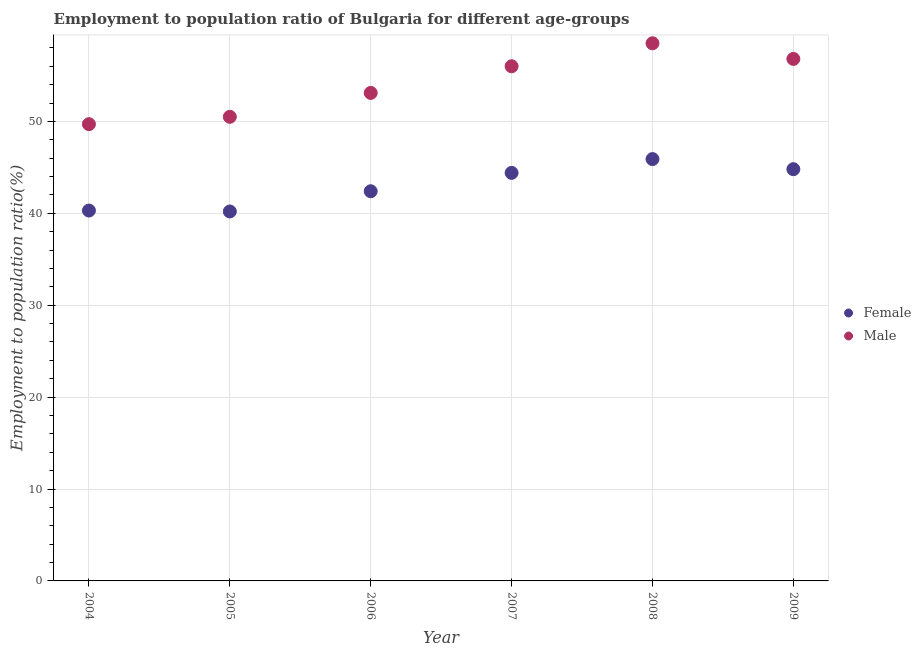
| Year | Female | Male |
 | --- | --- | --- |
 | 2004 | 40.3 | 49.7 |
 | 2005 | 40.2 | 50.5 |
 | 2006 | 42.4 | 53.1 |
 | 2007 | 44.4 | 56 |
 | 2008 | 45.9 | 58.5 |
 | 2009 | 44.8 | 56.8 |